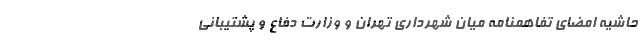
حاشیه امضای تفاهمنامه میان شهرداری تهران و وزارت دفاع و پشتیبانی